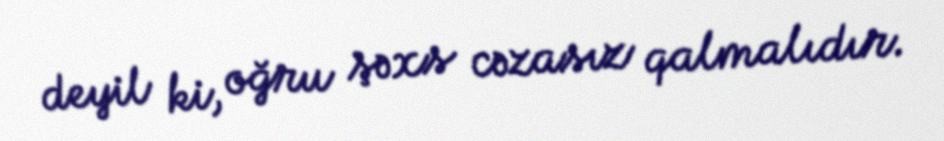
deyil ki, oğru şəxs cəzasız qalmalıdır.